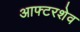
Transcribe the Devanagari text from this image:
आफ्टरशेव